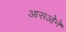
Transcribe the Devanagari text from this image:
आसओने